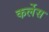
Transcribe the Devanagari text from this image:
कर्लेस